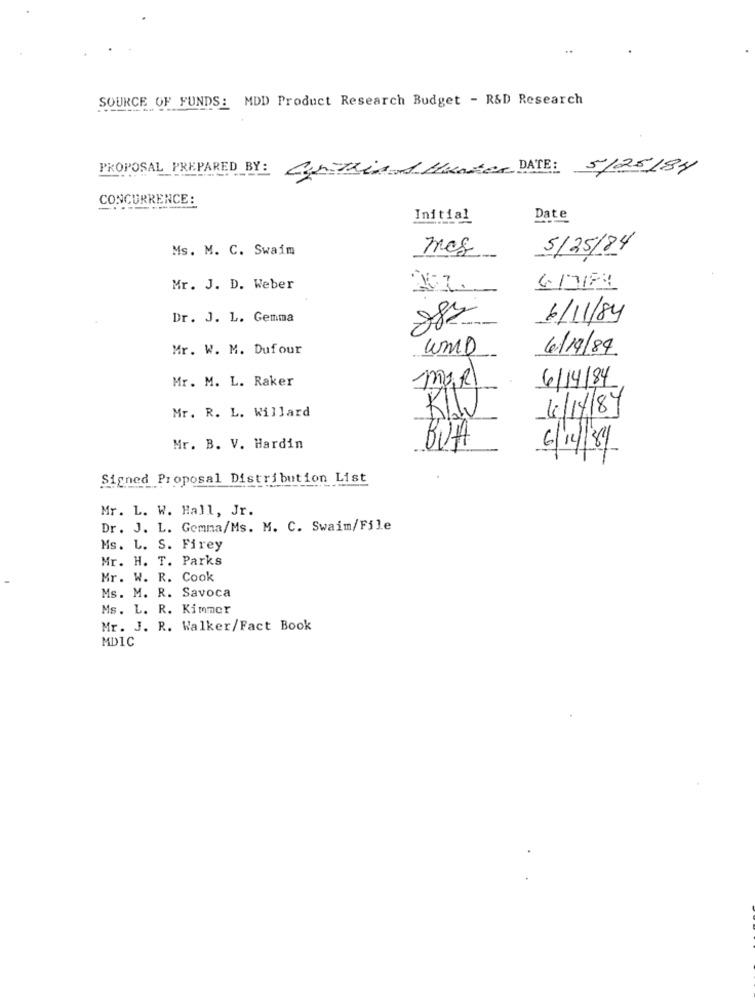
SOURCE OF FUNDS: MDD Product Research Budget - R&D Research
PROPOSAL PREPARED BY:
Butrin1 Manter DATE: 5/25/84
CONCURRENCE:
Initial
81
Date
Ms. M. C. Swaim
mes
5/25/84
Mr. J. D. Weber
Dr. J. L. Gemma
88%
6/11/84
Mr. W. M. Dufour
WMD
6/19/84.
Mr. M. L. Raker
6/14/84
MAR
Mr. R. L. Willard
6/14/89
Mr. B. V. Hardin
BUA
6/4/81
Signed Proposal Distribution List
Mr. L. W. Hall, Jr.
Dr. J. L. Gomma/Ms. M. C. Swaim/File
Ms. L. S. Firey
Mr. H. T. Parks
Mr. W. R. Cook
Ms. M. R. Savoca
Ms. L. R. Kimmer
Mr. J. R. Walker/Fact Book
MDIC